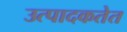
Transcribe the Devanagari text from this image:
उत्पादकतेत